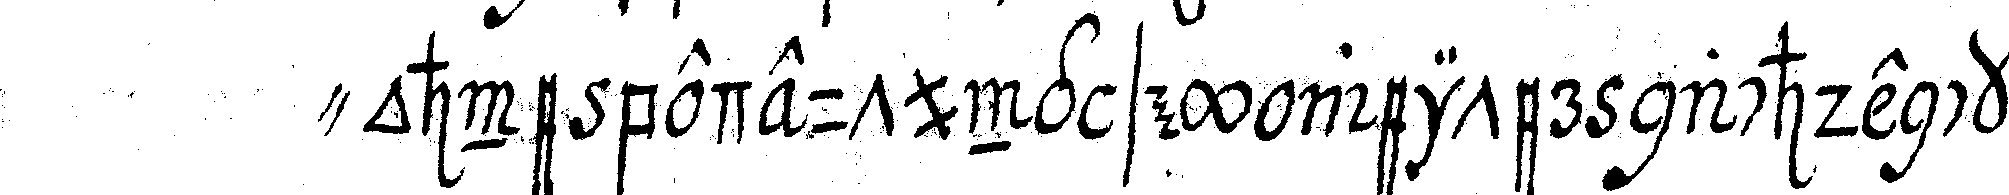
" ohne bedeutung sey weiter nachdenckeN .